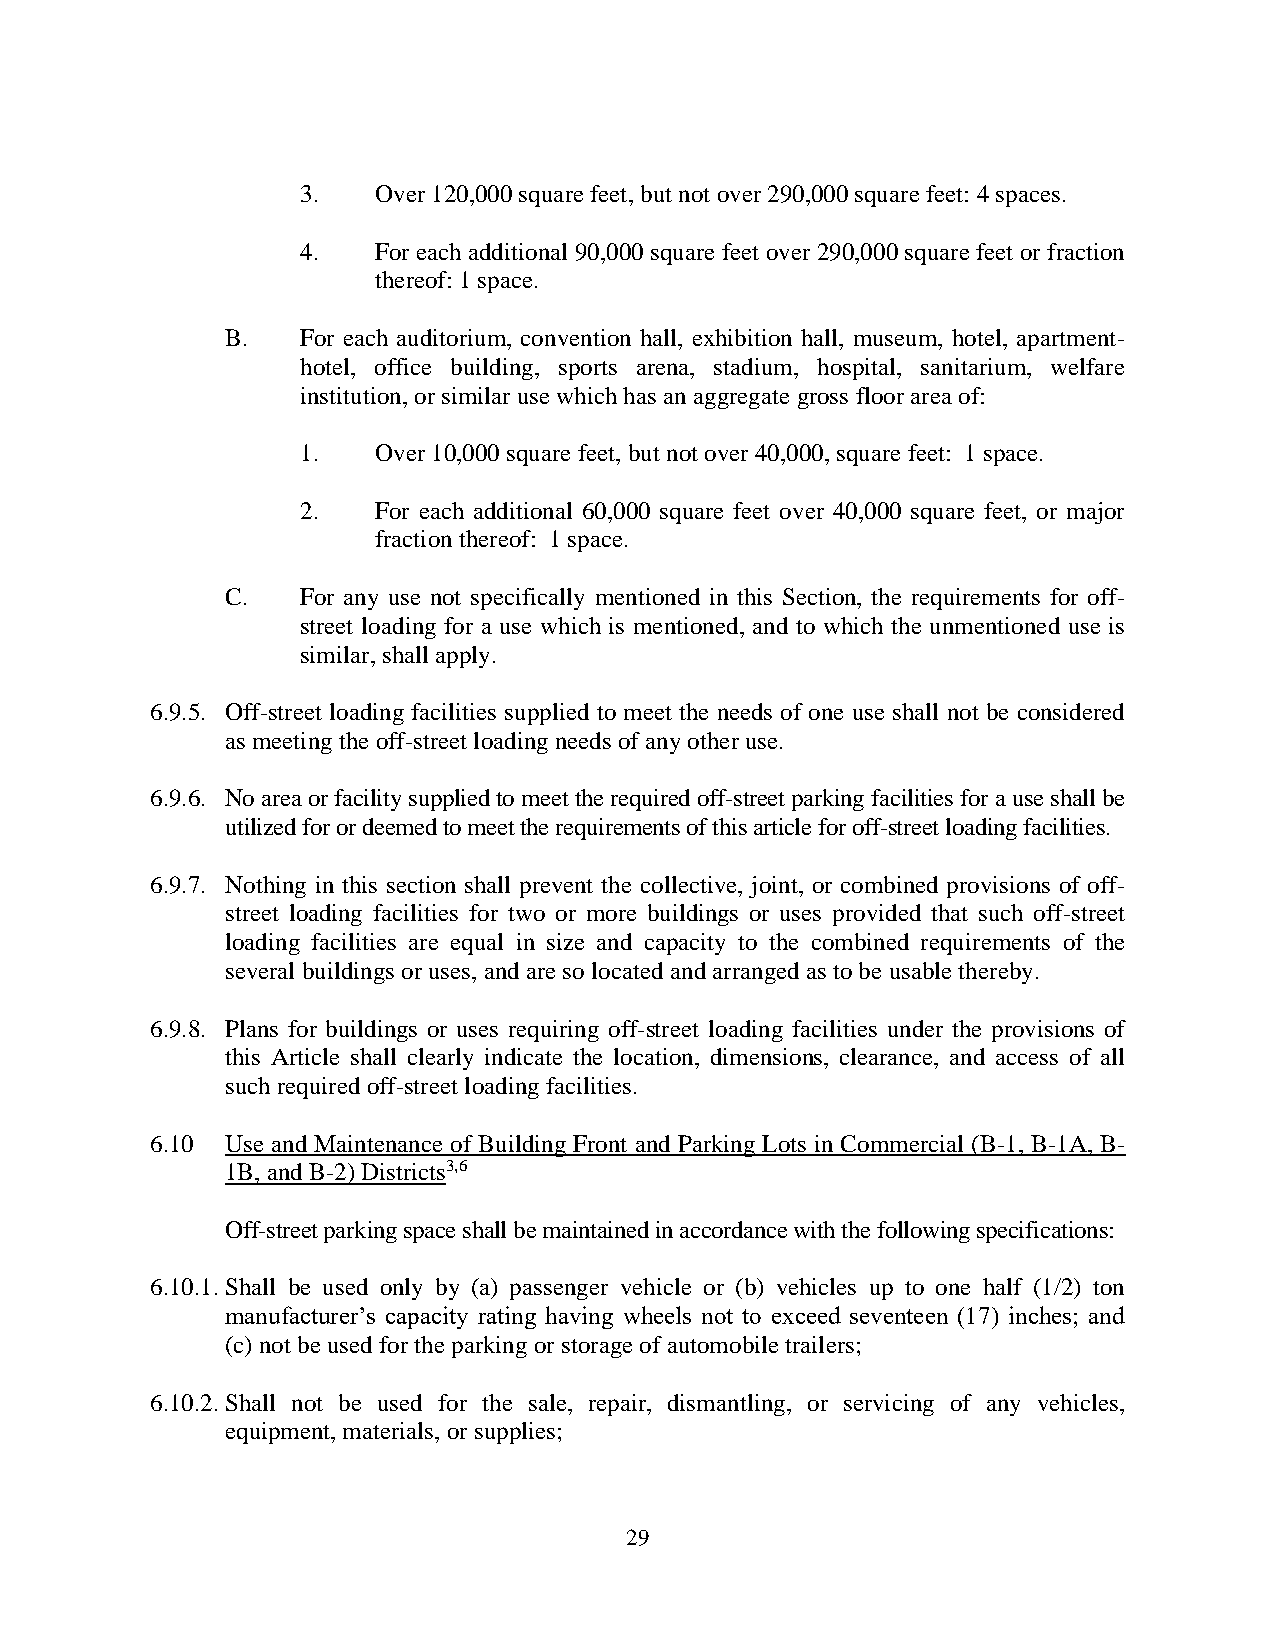
3.   Over 120,000 square feet, but not over 290,000 square feet: 4 spaces.
 4.   For each additional 90,000 square feet over 290,000 square feet or fraction
 thereof: 1 space.
 B.   For each auditorium, convention hall, exhibition hall, museum, hotel, apartment-
 hotel, office building, sports arena, stadium, hospital, sanitarium, welfare
 institution, or similar use which has an aggregate gross floor area of:
 1.   Over 10,000 square feet, but not over 40,000, square feet: 1 space.
 2.   For each additional 60,000 square feet over 40,000 square feet, or major
 fraction thereof: 1 space.
 C.   For any use not specifically mentioned in this Section, the requirements for off-
 street loading for a use which is mentioned, and to which the unmentioned use is
 similar, shall apply.
 6.9.5. Off-street loading facilities supplied to meet the needs of one use shall not be considered
 as meeting the off-street loading needs of any other use.
 6.9.6. No area or facility supplied to meet the required off-street parking facilities for a use shall be
 utilized for or deemed to meet the requirements of this article for off-street loading facilities.
 6.9.7. Nothing in this section shall prevent the collective, joint, or combined provisions of off-
 street loading facilities for two or more buildings or uses provided that such off-street
 loading facilities are equal in size and capacity to the combined requirements of the
 several buildings or uses, and are so located and arranged as to be usable thereby.
 6.9.8. Plans for buildings or uses requiring off-street loading facilities under the provisions of
 this Article shall clearly indicate the location, dimensions, clearance, and access of all
 such required off-street loading facilities.
 6.10 Use and Maintenance of Building Front and Parking Lots in Commercial (B-1, B-1A, B-
 1B, and B-2) Districts3,6
 Off-street parking space shall be maintained in accordance with the following specifications:
 6.10.1. Shall be used only by (a) passenger vehicle or (b) vehicles up to one half (1/2) ton
 manufacturer’s capacity rating having wheels not to exceed seventeen (17) inches; and
 (c) not be used for the parking or storage of automobile trailers;
 6.10.2. Shall not be used for the sale, repair, dismantling, or servicing of any vehicles,
 equipment, materials, or supplies;
 29